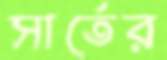
সার্তের